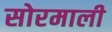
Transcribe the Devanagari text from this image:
सोरमाली